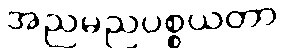
အညမညပစ္စယတာ